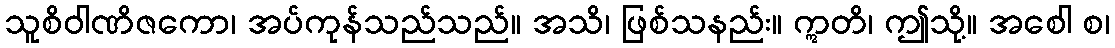
သူစိဝါဏိဇကော၊ အပ်ကုန်သည်သည်။ အသိ၊ ဖြစ်သနည်း။ ဣတိ၊ ဤသို့။ အစေါ စ၊